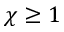
\chi \geq 1